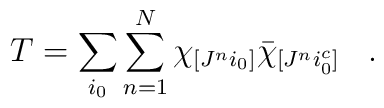
T = \sum_{i_0} \sum_{n=1}^{N} \chi_{[J^ni_0]}\bar{\chi}_{[J^ni_0^c]} \;\;\; .